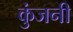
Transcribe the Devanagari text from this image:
कुंजनी